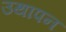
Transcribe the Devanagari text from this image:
उथापन